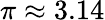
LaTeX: \pi\approx 3.14